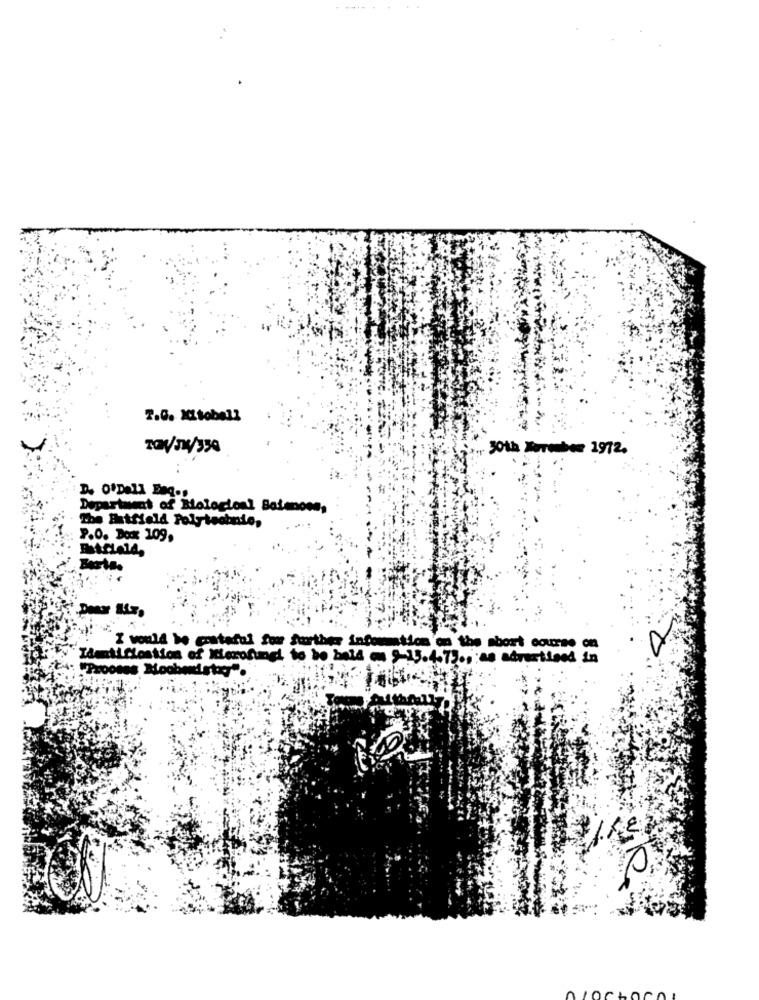
2.0. XItobel2
30th Torete 1972.
D. O'Dell Enq.s
Department of Miologionl Balancen,
The Batfield Polytechnic,
P.O. Box 109.
Basta.
I would be grateful for further information on the short course on
Identification of Merofungi to be held on 9-15.4.73 ., as advertised in
"Proones Moobendstar".